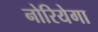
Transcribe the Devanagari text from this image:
नोरियेगा